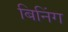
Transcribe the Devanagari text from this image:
बिनिंग